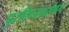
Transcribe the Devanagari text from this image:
पुरविण्याबरोबरच